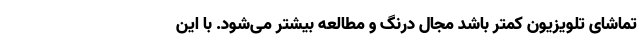
تماشای تلویزیون کمتر باشد مجال درنگ و مطالعه بیشتر می‌شود. با این